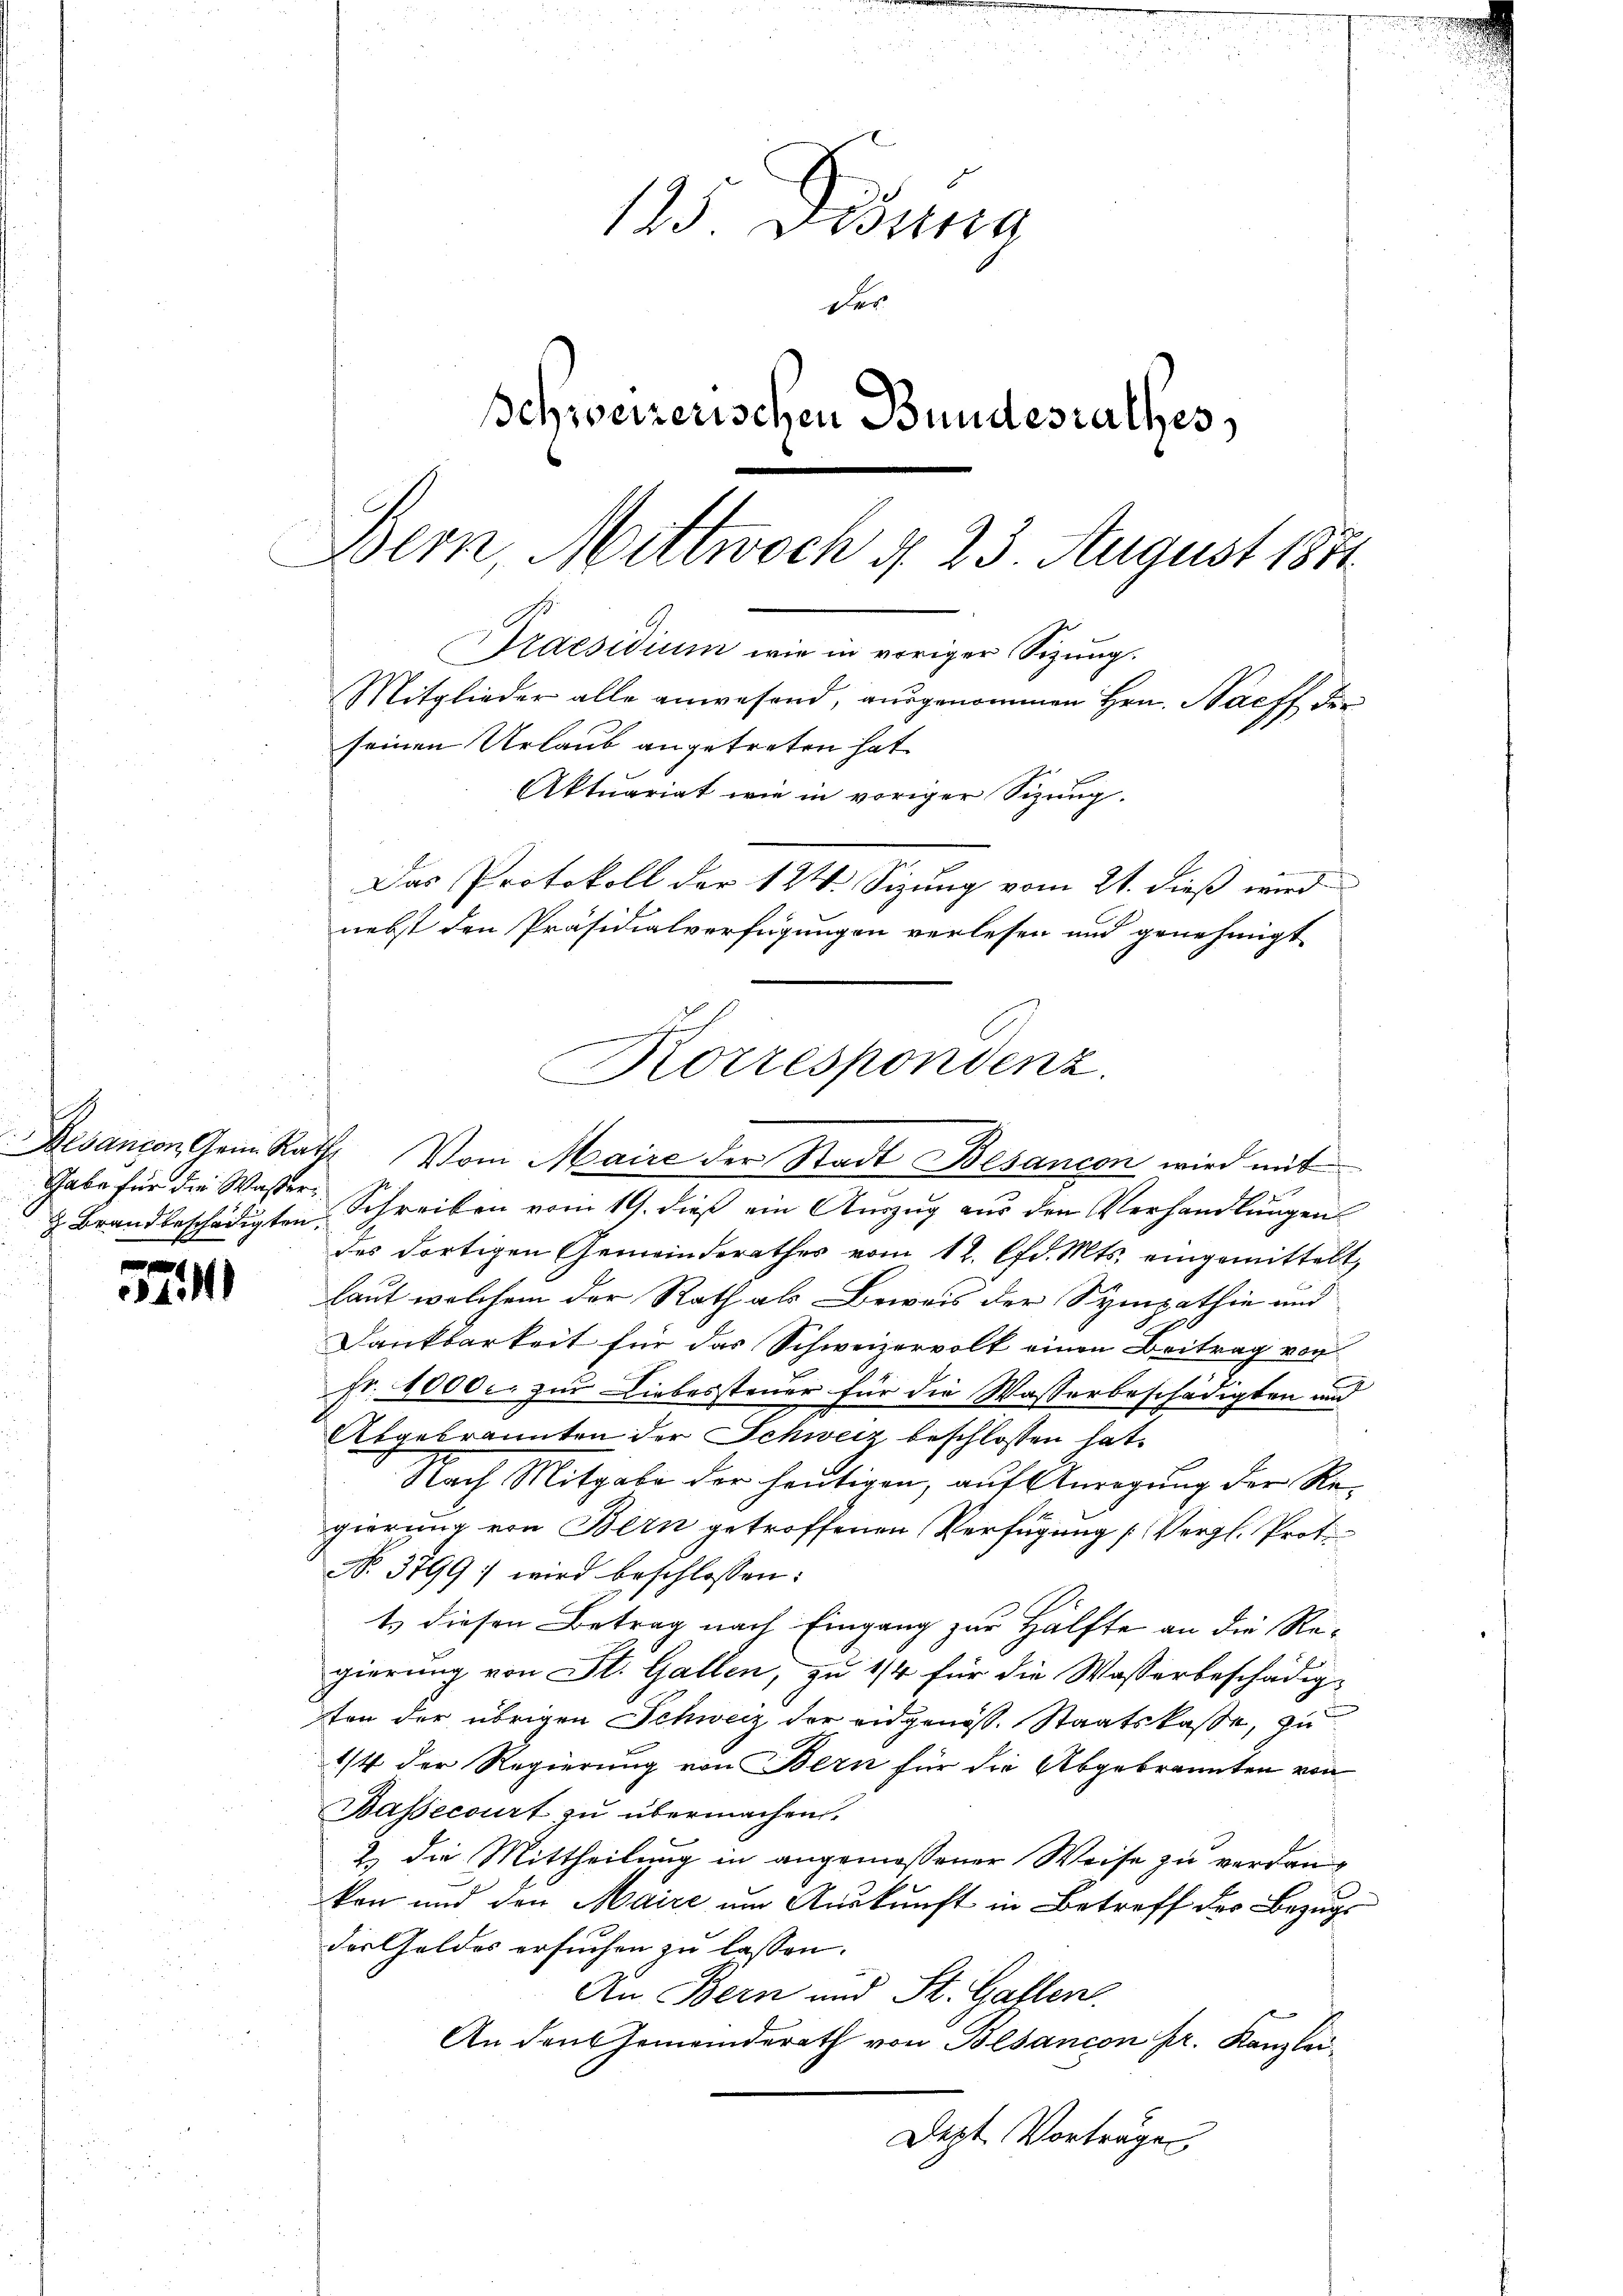
Thabe für die Wasser¬

4

125 Didung
der
Schweizerischen Bundesrathes,
Bern, Mittwoch d. 23. August 1871
Praesidium wie in voriger Sizung.
Mitglieder alle anwesend, ausgenommen Hrn. Saeff der
seinen Urlaub angetreten hat.
Aktuariat wie in voriger Sizung.
Das Protokoll der 124. Sizung vom 21. dieß wird
nebst den Präsidialverfügungen verlesen und genehmigt

z. Brandbeschädigten Schreiben vom 19. dieß ein Auszug aus den Verhandlungen
des dortigen Gemeinderathes vom 12. lfd. Mts. eingemittelt,
laut welchem der Rath als Beweis der Sympathie und
Dankbarkeit für das Schweizervolk einen Beitrag von
Fr. 40000. zur Liebessteuer für die Wasserbeschädigten und
Abgebrannten der Schweiz beschlossen hat.
Nach Mitgabe der heutigen, auf Anregung der Regierung von Bern getroffenen Verfügung (Vergl. Proto
No. 3799. wird beschlossen:
ts diesen Betrag nach Eingang zur Hälfte an die Regierung von St. Gallen, zu 1/4 für die Wasserbeschädig-
ten der übrigen Schweiz der eidgenöss. Staatskasse, zu
1/4 der Regierung von Bern für die Abgebrannten von
Bassecourt zŭ übermachen.
2) die Mittheilung in angemessener Weise zu verdankon und den Maire um Auskunft in Betreff des Bezugs
der Geldes ersuchen zu lassen.
An Bern und St. Gallen.
An dans Gemeinderath von Besancon pr. Kanzlei¬
Dept Vorträge

Korrespondenz.
Besanzen Gene Rath. Vom Maire der Stadt Besancen wird mit